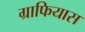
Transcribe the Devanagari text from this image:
ग्राफियास